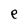
Character: e